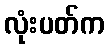
လုံးပတ်က